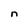
Character: n